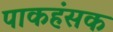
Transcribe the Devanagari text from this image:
पाकहंसक